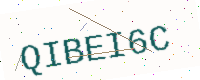
Text: QIBEI6C